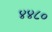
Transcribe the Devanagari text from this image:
४४८०